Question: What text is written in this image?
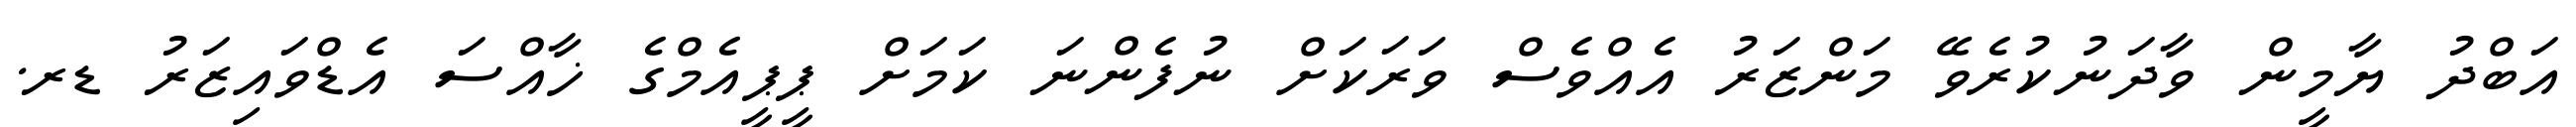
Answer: އަބްދު ޔާމީން ވާދަނުކުރެވޭ މަންޒަރު އެއްވެސް ވަރަކަށް ނުފެންނަ ކަމަށް ޕީޕީއެމްގެ ޚާއްސަ އެޑްވައިޒަރު ޑރ.